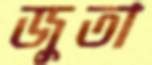
জুতা